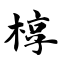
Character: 椁